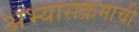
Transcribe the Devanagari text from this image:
अभ्‍यासक्रमाची